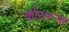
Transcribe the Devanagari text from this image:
कोरलन्डर